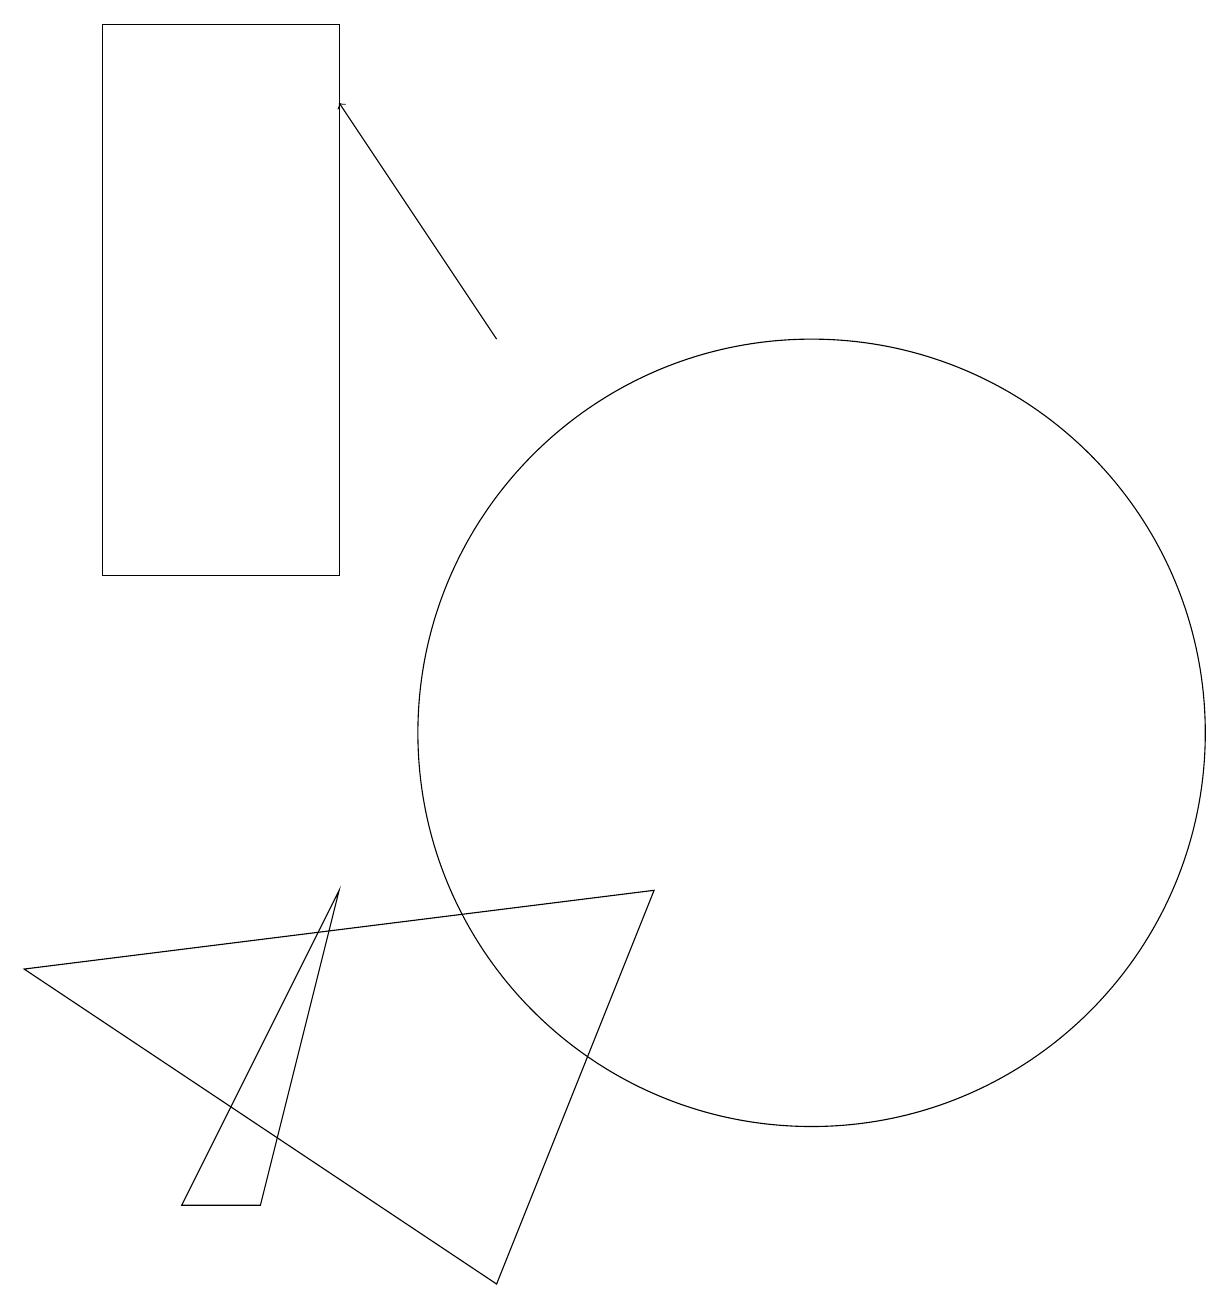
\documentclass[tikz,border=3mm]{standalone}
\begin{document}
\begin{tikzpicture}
\draw (9,8) -- (1,7) -- (7,3) -- cycle;
\draw (11,10) circle (5);
\draw (2,19) rectangle (5,12);
\draw (5,8) -- (3,4) -- (4,4) -- cycle;
\draw[->] (7,15) -- (5,18);
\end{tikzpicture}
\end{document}